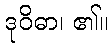
ဒုဝိဓာ၊ ၏။